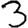
Digit: 3